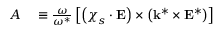
\begin{array} { r l } { A } & { { } \equiv \frac { \omega } { \omega ^ { * } } \left[ \left( \boldsymbol { \chi } _ { s } \cdot \mathbf { E } \right) \times \left( \mathbf { k } ^ { * } \times \mathbf { E } ^ { * } \right) \right] } \end{array}